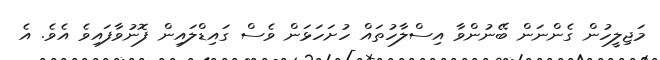
މަޖިލީހުން ގެންނަން ބޭނުންވާ އިސްލާހުތައް ހުށަހަޅަން ވެސް ގައިޑްލައިން ފޮނުވާފައިވެ އެވެ. އެ